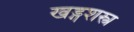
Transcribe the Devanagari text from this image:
खड्गशस्त्र